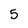
Character: 5